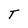
Character: T